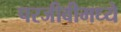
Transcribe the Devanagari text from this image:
परजीवीमध्ये